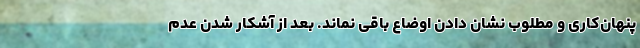
پنهان‌کاری و مطلوب نشان دادن اوضاع باقی نماند. بعد از آشکار شدن عدم